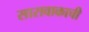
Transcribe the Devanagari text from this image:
सारावाकाची